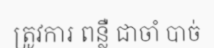
ត្រូវការ ពន្លឺ ជាចាំ បាច់